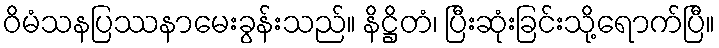
ဝိမံသနပြဿနာမေးခွန်းသည်။ နိဋ္ဌိတံ၊ ပြီးဆုံးခြင်းသို့ရောက်ပြီ။